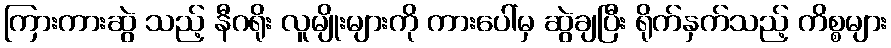
ကြားကားဆွဲ သည့် နီဂရိုး လူမျိုးများကို ကားပေါ်မှ ဆွဲချပြီး ရိုက်နှက်သည့် ကိစ္စများ